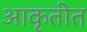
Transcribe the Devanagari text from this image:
आकृतीत